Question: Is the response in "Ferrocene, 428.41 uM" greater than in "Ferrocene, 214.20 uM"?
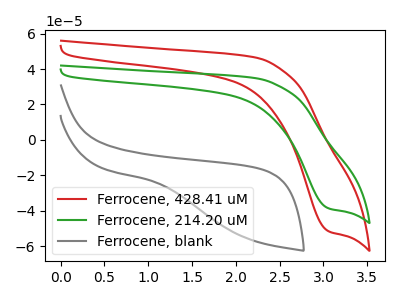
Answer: <think>The red curve "Ferrocene, 428.41 uM" has a cathodic peak at: (3.05V, -51.55uA). The green curve "Ferrocene, 214.20 uM" has a cathodic peak at: (3.05V, -38.65uA). The gray curve "Ferrocene, blank" has no peaks.
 All the peaks in "Ferrocene, 428.41 uM" have a peak in "Ferrocene, 214.20 uM" at the same potential. Every peak in "Ferrocene, 428.41 uM" is higher than every peak in "Ferrocene, 214.20 uM".</think>
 <answer>"Ferrocene, 428.41 uM" has more signal than "Ferrocene, 214.20 uM".</answer>
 <eval>more_signal</eval>